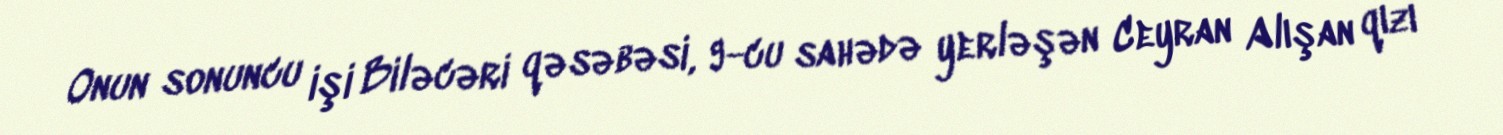
Onun sonuncu işi Biləcəri qəsəbəsi, 9-cu sahədə yerləşən Ceyran Alışan qızı